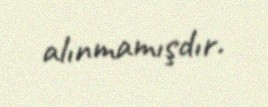
alınmamışdır.